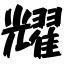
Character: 耀